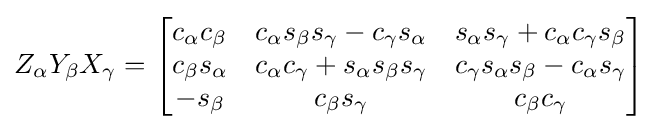
Z_{\alpha }Y_{\beta }X_{\gamma }={\begin{bmatrix}c_{\alpha }c_{\beta }&c_{\alpha }s_{\beta }s_{\gamma }-c_{\gamma }s_{\alpha }&s_{\alpha }s_{\gamma }+c_{\alpha }c_{\gamma }s_{\beta }\\c_{\beta }s_{\alpha }&c_{\alpha }c_{\gamma }+s_{\alpha }s_{\beta }s_{\gamma }&c_{\gamma }s_{\alpha }s_{\beta }-c_{\alpha }s_{\gamma }\\-s_{\beta }&c_{\beta }s_{\gamma }&c_{\beta }c_{\gamma }\end{bmatrix}}